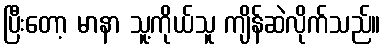
ပြီးတော့ မာနာ သူ့ကိုယ်သူ ကျိန်ဆဲလိုက်သည်။